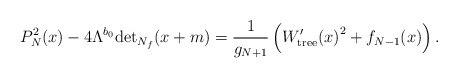
\begin{align*}P^2_N(x)-4\Lambda^{b_0}\mathrm{det}_{N_f}(x+m)=\frac{1}{g_{N+1}}\left({W^{\prime}_{\mathrm{tree}}(x)}^2+f_{N-1}(x) \right).\end{align*}